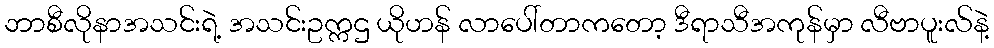
ဘာစီလိုနာအသင်းရဲ့ အသင်းဥက္ကဌ ယိုဟန် လာပေါ်တာကတော့ ဒီရာသီအကုန်မှာ လီဗာပူးလ်နဲ့